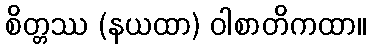
စိတ္တဿ (နယထာ) ဝါစာတိကထာ။